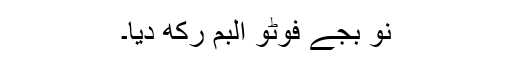
نو بجے فوٹو البم رکھ دیا۔